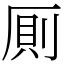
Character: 厠